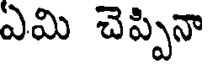
ఎమి చెప్పినా